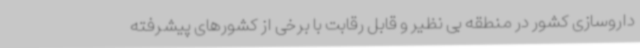
داروسازی کشور در منطقه بی نظیر و قابل رقابت با برخی از کشورهای پیشرفته